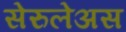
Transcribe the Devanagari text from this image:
सेरुलेअस